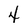
Character: 4